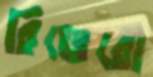
রিভেরো